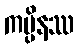
ကပ္ပိနဿ